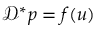
\mathcal { D } ^ { * } p = f ( u )